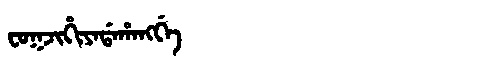
Manchu: ᠸᠣᡴᠵᡳᡥᡳᠶᠠᡩᠠᡥᠠᠩᡤᡝ
Romanization: FOKJIHIYADAHANGGE